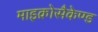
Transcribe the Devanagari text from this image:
माइक्रोसैकेण्ड